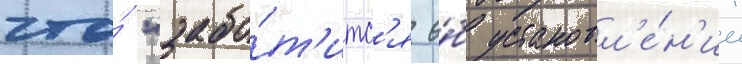
что́ "забо́т'итс'я о́б установл'е́н'ии